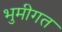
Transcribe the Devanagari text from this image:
भुमीगत